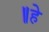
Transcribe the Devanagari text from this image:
॥हे